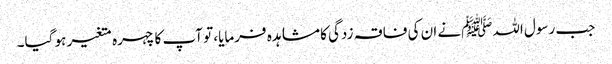
جب رسول اللہﷺنے ان کی فاقہ زدگی کا مشاہدہ فرمایا، تو آپ کا چہرہ متغیر ہو گیا۔